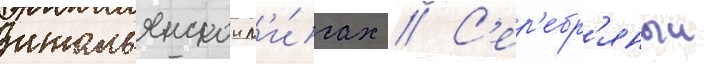
итальянскои л'и́гах // С'ер'ебр'яныи